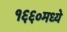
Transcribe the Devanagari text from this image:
१६६०मध्ये